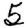
Digit: 5